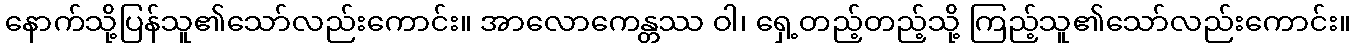
နောက်သို့ပြန်သူ၏သော်လည်းကောင်း။ အာလောကေန္တဿ ဝါ၊ ရှေ့တည့်တည့်သို့ ကြည့်သူ၏သော်လည်းကောင်း။